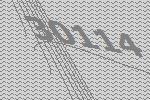
30114